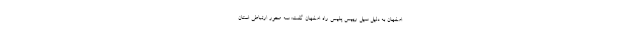
اصفهان به دلیل سیل رییس پلیس راه اصفهان گفت: سه محور ارتباطی استان